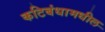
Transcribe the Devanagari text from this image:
कटिबंधामधील